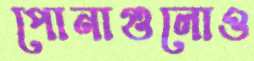
পোনাগুলোও